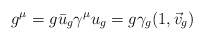
\begin{align*}g^{\mu}=g\bar{u}_g\gamma^{\mu}u_g=g\gamma_g(1,\vec{v}_g)\end{align*}